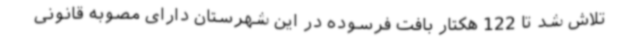
تلاش شد تا 122 هکتار بافت فرسوده در این شهرستان دارای مصوبه قانونی